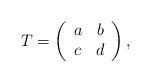
LaTeX: \begin{align*}T=\left(\begin{array}{cc} a & b \\ c & d\end{array}\right),\end{align*}